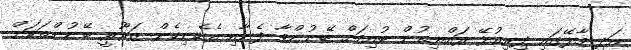
އަދި މާލޭގައި ދިރިއުޅޭ ރައްޔިތުން ބުއިމަށް ބޭނުންވާ ފެނާއި އެހެނިހެން ޒަރޫރީ ބޭނުންތަކަށް